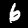
Digit: 6